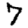
Digit: 7